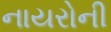
નાયરોની